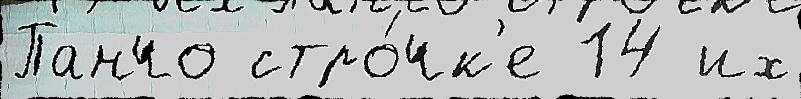
Панчо стро́чк'е 14 их